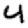
Digit: 4